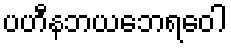
ပဟီနဘယဘေရဝေါ